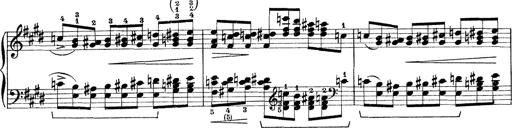
Title: Rapsodie: 19 ungheresi, 1 spagnuola
Composer: Franz Liszt